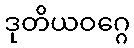
ဒုတိယဝဂ္ဂေ